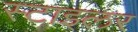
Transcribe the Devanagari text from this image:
स्टाइलर